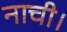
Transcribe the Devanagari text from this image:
नाची।